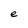
Character: e